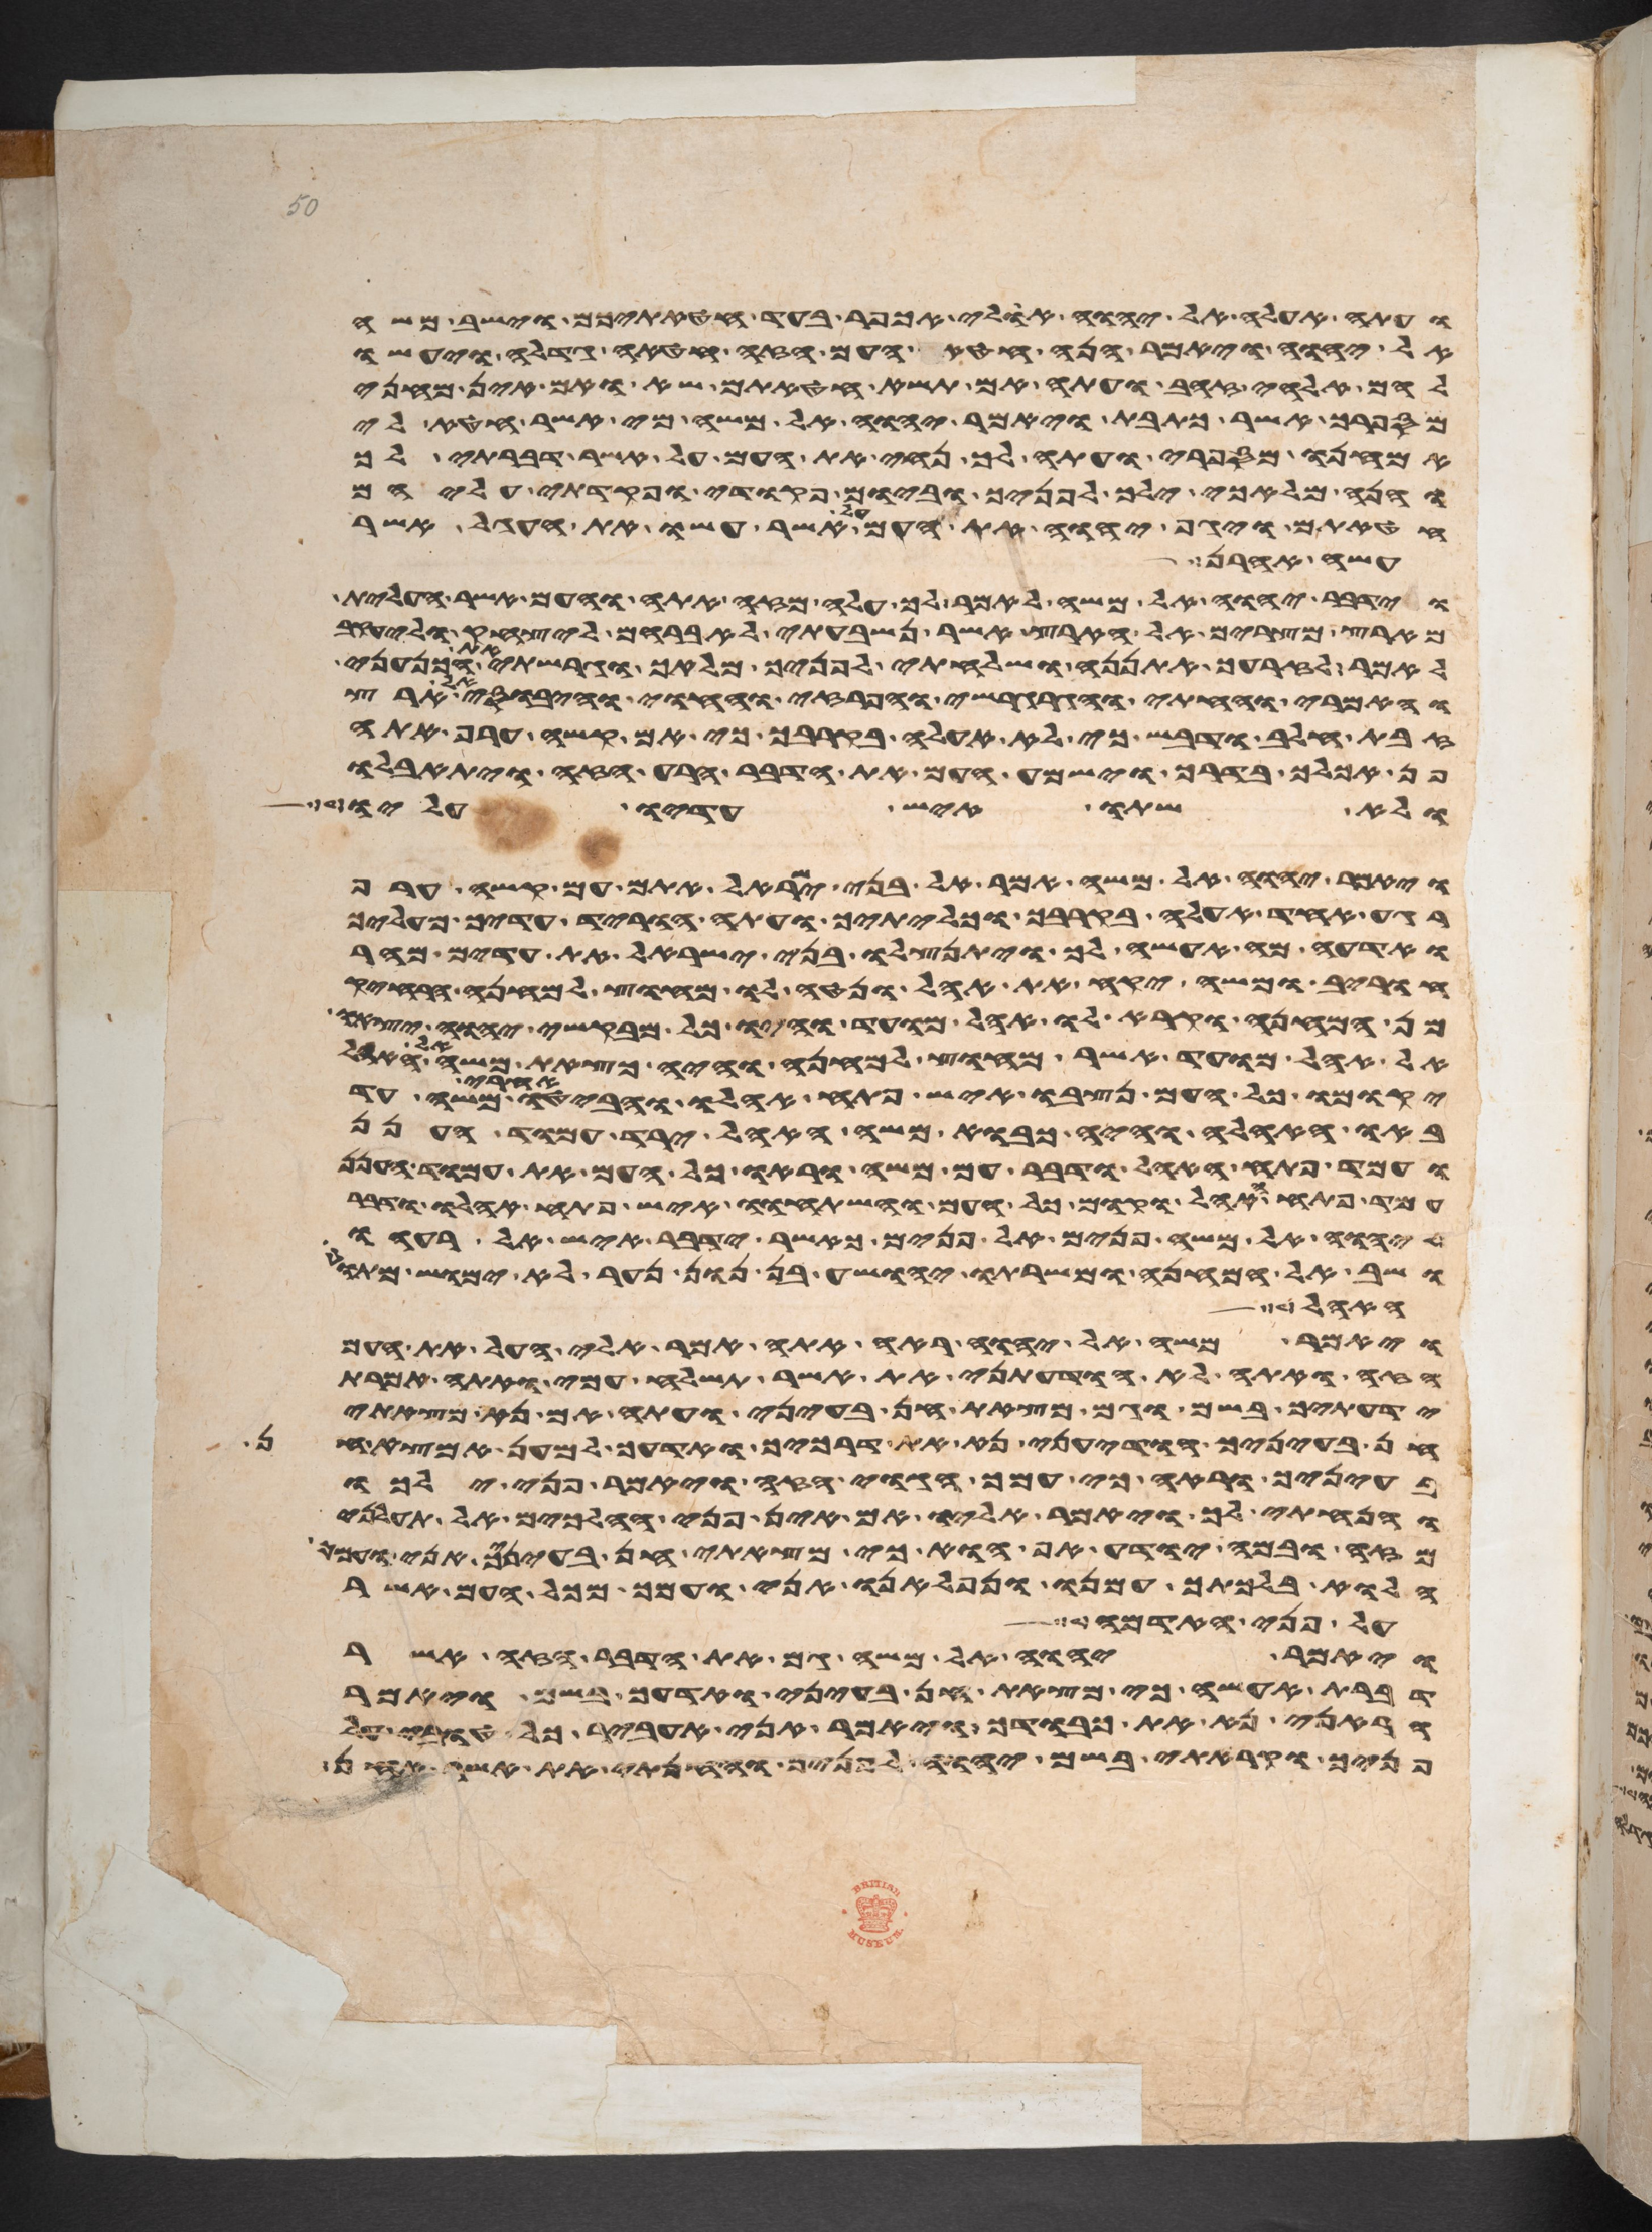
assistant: ועתה אעלה אל יהוה אולי אכפר בעד חטאתיכם וישב משה
אל יהוה ויאמר הנה חטא העם הזה חטאה גדלה ויעשו
להם אלהי זהב ועתה אם תשא חטאתם שא ואם אין מחני
מספרך אשר כתבת ויאמר יהוה אל משה מי אשר חטא לי
אמחנו מספרי ועתה לך נחה את העם על אשר דברתי לך
והנה מלאכי ילך לפניך וביום פקודי ופקדתי עליהם
חטאתם ויגף יהוה את העם על אשר עשו את העגל אשר
עשה אהרן
וידבר יהוה אל משה לאמר לך עלה מזה אתה והעם אשר העלית
מארץ מצרים אל הארץ אשר נשבעתי לאברהם ליצחק וליעקב
לאמר לזרעך אתננה ושלחתי לפניך מלאך וגרשתי את הכנעני
והאמרי והחתי והגרגשי והפרזי והחוי והיבוסי אל ארץ
זבת חלב ודבש כי לא אעלה בקרבך כי עם קשה ערף אתה
פן אכלך בדרך וישמע העם את הדבר הרע הזה ויתאבלו
ולא שתו איש עדיו עליו
ויאמר יהוה אל משה אמר אל בני ישראל אתם עם קשה ערף
רגע אחד אעלה בקרבך וכליתיך ועתה הוריד עדיך מעליך
ואדעה מה אעשה לך ויתנצלו בני ישראל את עדים מהר
חורב ומשה יקח את האהל ונטה לו מחוץ למחנה הרחיק
מן המחנה וקרא לו אהל מועד והיו כל מבקשי יהוה יצאו
אל אהל מועד אשר מחוץ למחנה והיה כצאת משה אל
יקומו כל העם ונצבו איש פתח אהלו והביטו אחרי משה עד
באו האהלה והיה כבוא משה האהל ירד עמוד הענן
ועמד פתח האהל ודבר עם משה וראו כל העם את עמוד הענן
עמד פתח האהל וקמו כל העם והשתחוו איש פתח אהלו ודבר
יהוה אל משה פנים אל פנים כאשר ידבר איש אל רעהו
ושב אל המחנה ומשרתו יהושע בן נון נער לא ימוש מתוך
האהל
ויאמר משה אל יהוה ראה אתה אמר אלי העל את העם
הזה ואתה לא הודעתני את אשר תשלח עמי ואתה אמרת
ידעתיך בשם וגם מצאת חן בעיני ועתה אם נא מצאתי
חן בעיניך הודעני נא את דרכיך ואדעך למען אמצא חן
בעיניך וראה כי עמך הגוי הזה ויאמר פני ילכו
והנחתי לך ויאמר אליו אם אין פניך הלכים אל תעלני
מזה ובמה יודע אפוא כי מצאתי חן בעיניך אני ועמך
הלוא בלכתך עמנו ונפלאנו אני ועמך מכל העם אשר
על פני האדמה
ויאמר יהוה אל משה גם את הדבר הזה אשר
דברת אעשה כי מצאת חן בעיני ואדעך בשם ויאמר
הראני נא את כבודך ויאמר אני אעביר כל טובי על
פניך וקראתי בשם יהוה לפניך וחנתי את אשר אחן